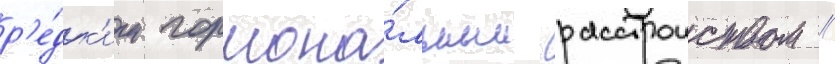
р'е́дк'им гормона́льным расстроиством /